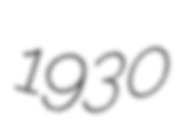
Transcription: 1930